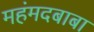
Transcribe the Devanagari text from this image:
महंमदबाबा